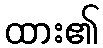
ထား၏